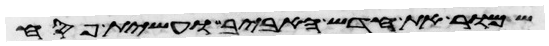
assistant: שמור את חדש האביב ועשית פסח